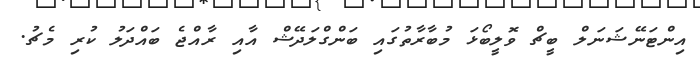
އިންޓަނޭޝަނަލް ބީޗް ވޮލީބޯޅަ މުބާރާތުގައި ބަންގްލަދޭޝް އާއި ރާއްޖެ ބައްދަލު ކުރި މެޗު.